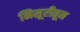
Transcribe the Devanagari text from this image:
मिसूरीतून